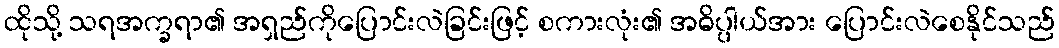
ထိုသို့ သရအက္ခရာ၏ အရှည်ကိုပြောင်းလဲခြင်းဖြင့် စကားလုံး၏ အဓိပ္ပါယ်အား ပြောင်းလဲစေနိုင်သည်